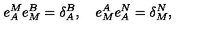
e _ { A } ^ { M } e _ { M } ^ { B } = \delta _ { A } ^ { B } , \quad e _ { M } ^ { A } e _ { A } ^ { N } = \delta _ { M } ^ { N } ,